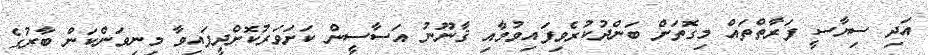
އަދި ސިޔާސީ ފަރާތްތައް މިގޮތަށް ބަންދުކުރެވިފައިވުމާއި ޤާނޫނު އަސާސީން ކަށަވަރުކޮށްދީފައިވާ މިނިވަންކަން ބާރުގެ